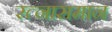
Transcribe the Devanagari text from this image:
रत्नासमान